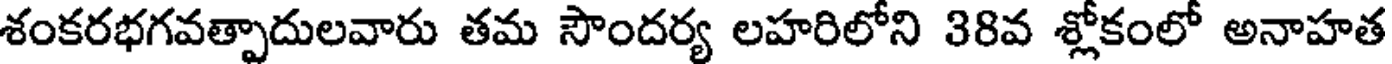
శంకరభగవత్పాదులవారు తమ సౌందర్య లహరిలోని 38వ శ్లోకంలో అనాహత